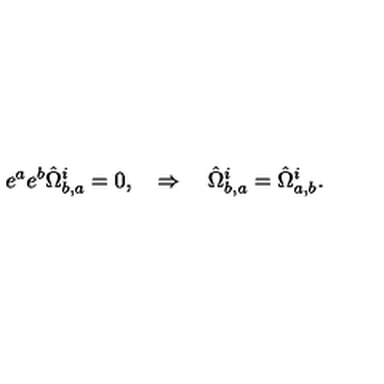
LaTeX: e ^ { a } e ^ { b } \hat { \Omega } _ { b , a } ^ { i } = 0 , \quad \Rightarrow \quad \hat { \Omega } _ { b , a } ^ { i } = \hat { \Omega } _ { a , b } ^ { i } .